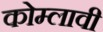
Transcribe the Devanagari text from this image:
कोम्लावी